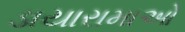
ડાયારામાઓ